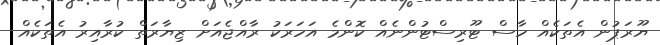
ޔޫރަޕުން އެތަކެއް ހާސް ޓޫރިސްޓުންނެއް ކޮންމެ އަހަރަކު ރާއްޖެއަށް ޒިޔާރަތް ކުރާއިރު އެތަކެއް